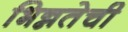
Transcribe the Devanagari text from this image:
भिन्नतेची